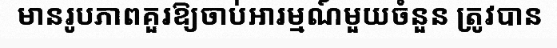
មានរូបភាពគួរឱ្យចាប់អារម្មណ៍មួយចំនួន ត្រូវបាន